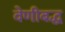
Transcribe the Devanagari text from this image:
वेणीबद्ध